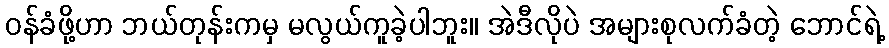
ဝန်ခံဖို့ဟာ ဘယ်တုန်းကမှ မလွယ်ကူခဲ့ပါဘူး။ အဲဒီလိုပဲ အများစုလက်ခံတဲ့ ဘောင်ရဲ့